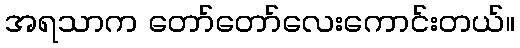
အရသာက တော်တော်လေးကောင်းတယ်။